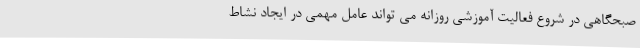
صبحگاهی در شروع فعالیت آموزشی روزانه می تواند عامل مهمی در ایجاد نشاط